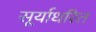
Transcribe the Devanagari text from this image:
सूर्याधरित